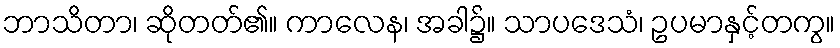
ဘာသိတာ၊ ဆိုတတ်၏။ ကာလေန၊ အခါ၌။ သာပဒေသံ၊ ဥပမာနှင့်တကွ။